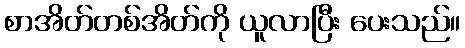
စာအိတ်တစ်အိတ်ကို ယူလာပြီး ပေးသည်။